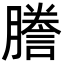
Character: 謄